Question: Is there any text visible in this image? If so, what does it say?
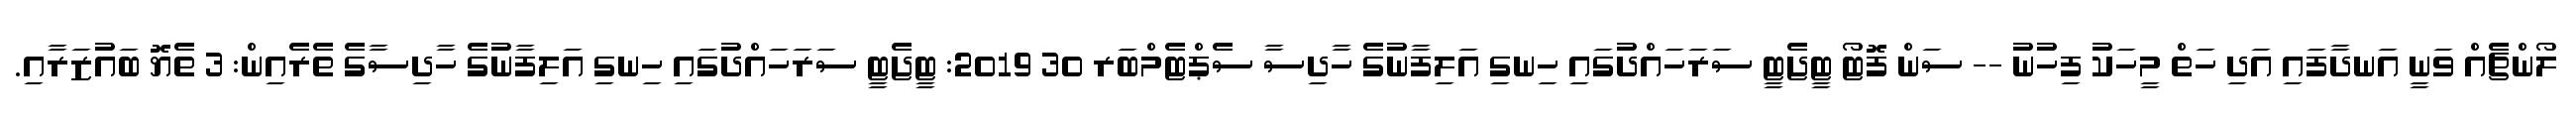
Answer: ލޯންޗެއް ވަނީ އަނދާފައި އަދި ހަތް މީހަކު ފިހުނު -- ސަން ފޮޓޯ ޓީޖެޓީ ސަރަހައްދުގައި ހިނގި އަލިފާނުގެ ހާދިސާ ސެޕްޓެމްބަރ 30 2019: ޓީޖެޓީ ސަރަހައްދުގައި ހިނގި އަލިފާނުގެ ހާދިސާގެ ތެރެއިން: 3 ތެޔޮ ބައުޒަރާއި.